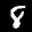
Label: 8